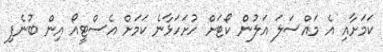
ކަމަށާއި އެ މައްސަލަ އަލުން ކޯޓަށް ހުށަހަޅާނެ ކަމަށް އެސްޓީއޯ އިން ބުނެފި